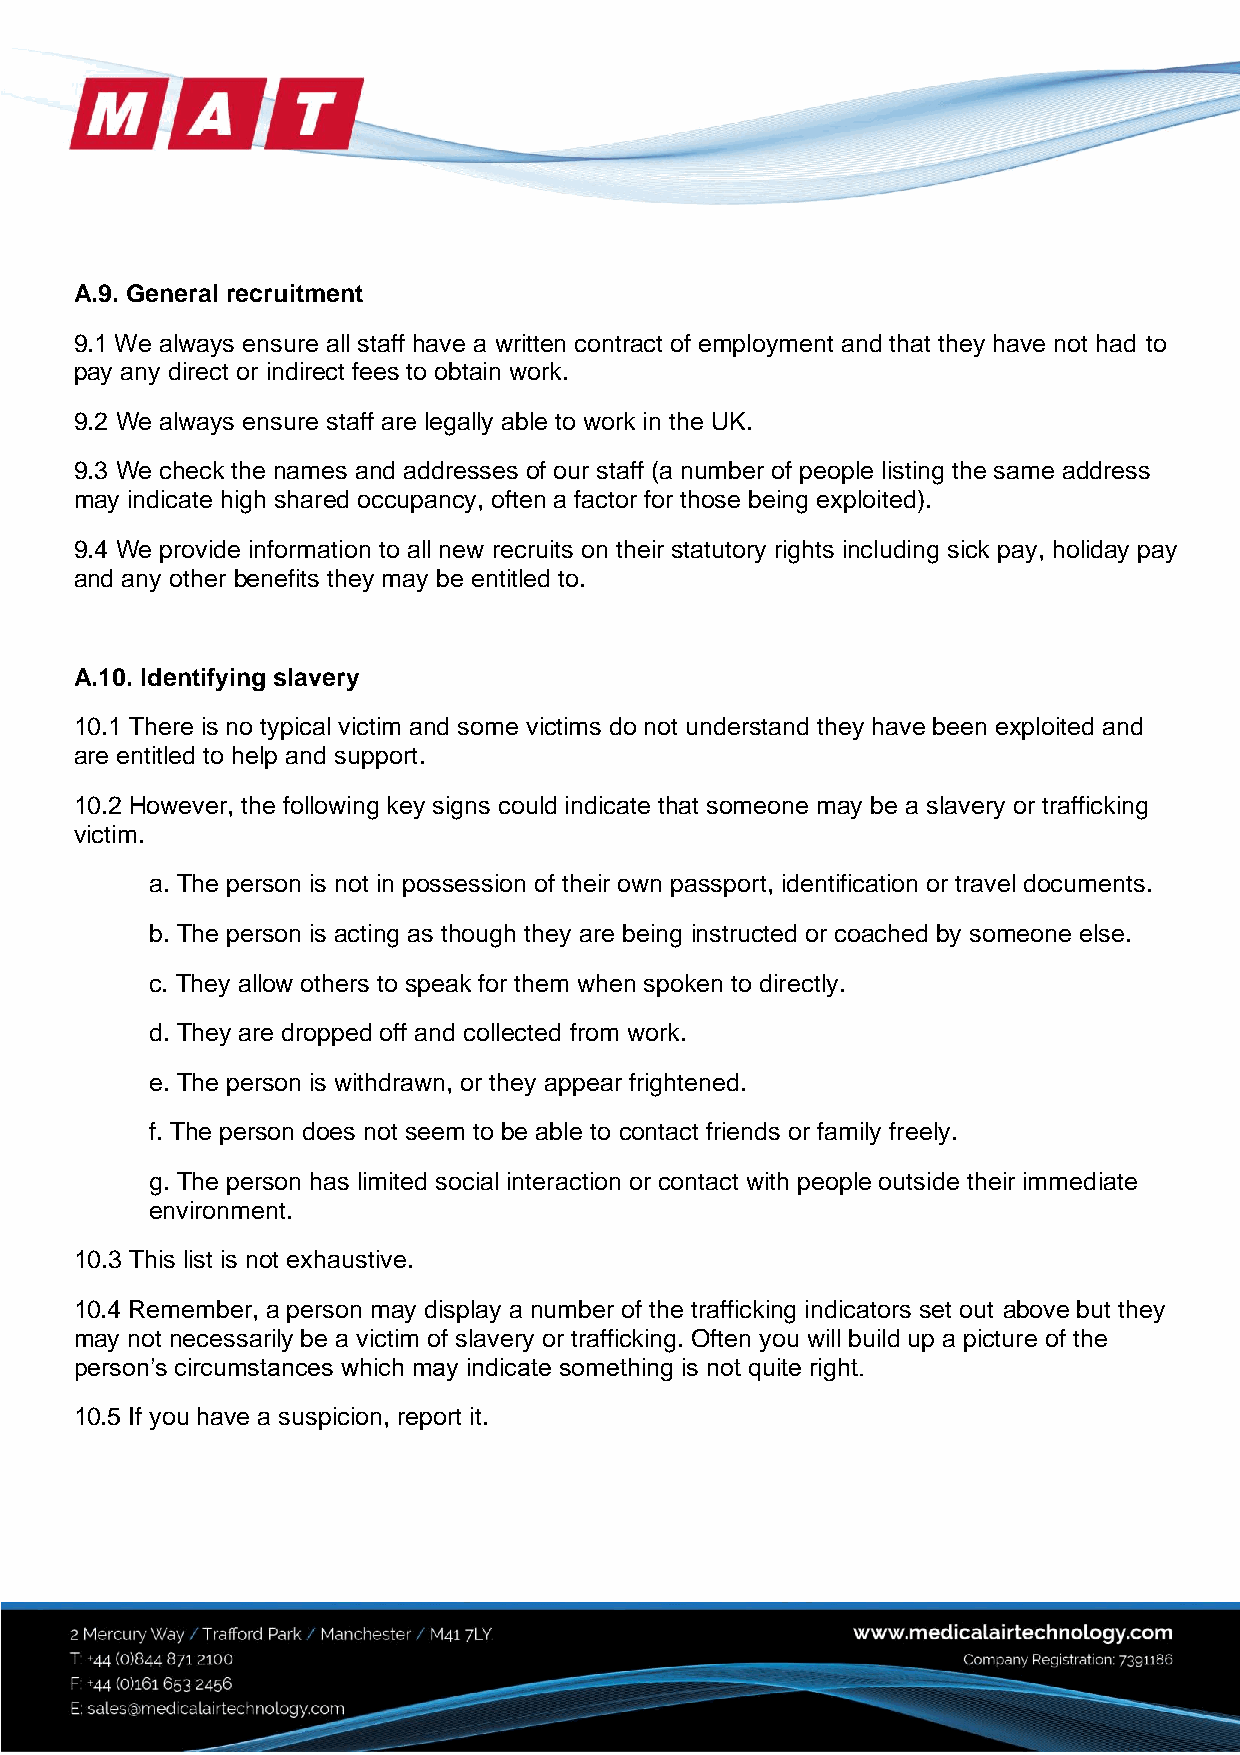
A.9. General recruitment
 9.1 We always ensure all staff have a written contract of employment and that they have not had to
 pay any direct or indirect fees to obtain work.
 9.2 We always ensure staff are legally able to work in the UK.
 9.3 We check the names and addresses of our staff (a number of people listing the same address
 may indicate high shared occupancy, often a factor for those being exploited).
 9.4 We provide information to all new recruits on their statutory rights including sick pay, holiday pay
 and any other benefits they may be entitled to.
 A.10. Identifying slavery
 10.1 There is no typical victim and some victims do not understand they have been exploited and
 are entitled to help and support.
 10.2 However, the following key signs could indicate that someone may be a slavery or trafficking
 victim.
 a. The person is not in possession of their own passport, identification or travel documents.
 b. The person is acting as though they are being instructed or coached by someone else.
 c. They allow others to speak for them when spoken to directly.
 d. They are dropped off and collected from work.
 e. The person is withdrawn, or they appear frightened.
 f. The person does not seem to be able to contact friends or family freely.
 g. The person has limited social interaction or contact with people outside their immediate
 environment.
 10.3 This list is not exhaustive.
 10.4 Remember, a person may display a number of the trafficking indicators set out above but they
 may not necessarily be a victim of slavery or trafficking. Often you will build up a picture of the
 person’s circumstances which may indicate something is not quite right.
 10.5 If you have a suspicion, report it.